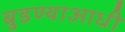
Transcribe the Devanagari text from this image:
बुडण्याआधी